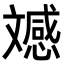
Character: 𭤚